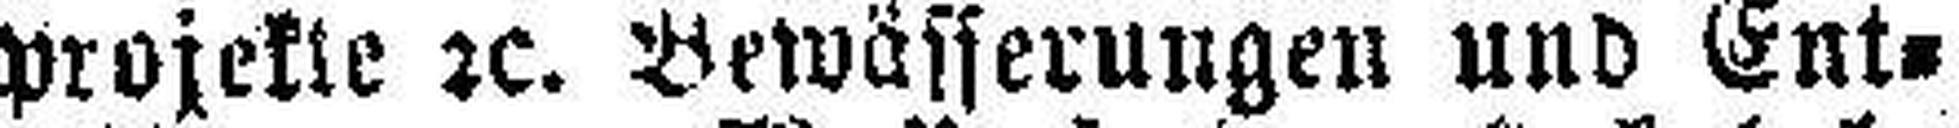
projekte 2c. Bewässerungen und Ent¬